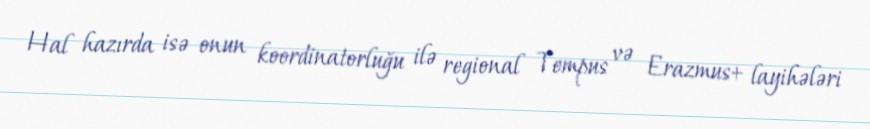
Hal hazırda isə onun koordinatorluğu ilə regional Tempus və Erazmus+ layihələri